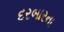
દરબારના